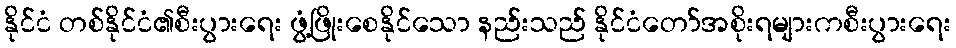
နိုင်ငံ တစ်နိုင်ငံ၏စီးပွားရေး ဖွံ့ဖြိုးစေနိုင်သော နည်းသည် နိုင်ငံတော်အစိုးရများကစီးပွားရေး